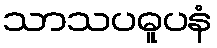
သာသပဓူပနံ